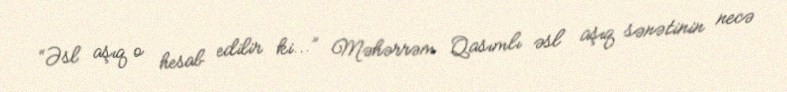
“Əsl aşıq o hesab edilir ki...” Məhərrəm Qasımlı əsl aşıq sənətinin necə